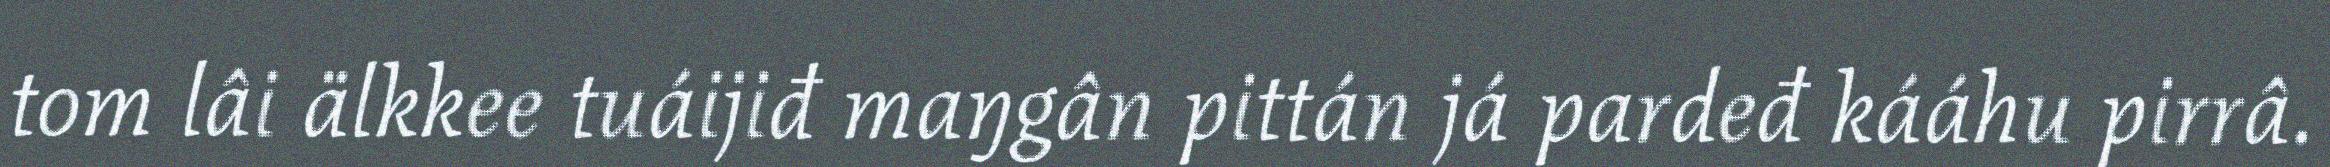
tom lâi älkkee tuáijiđ maŋgân pittán já pardeđ kááhu pirrâ.